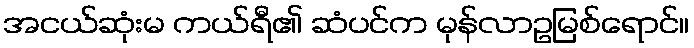
အငယ်ဆုံးမ ကယ်ရီ၏ ဆံပင်က မုန်လာဥမြစ်ရောင်။